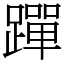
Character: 䠤